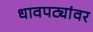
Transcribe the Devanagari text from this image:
धावपट्यांवर